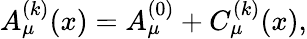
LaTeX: A_{\mu}^{(k)}(x)=A_{\mu}^{(0)}+C_{\mu}^{(k)}(x),